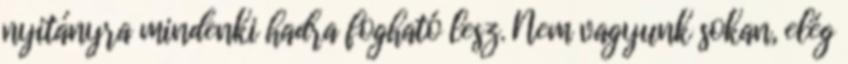
nyitányra mindenki hadra fogható lesz. Nem vagyunk sokan, elég